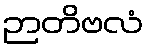
ဉာတိဗလံ